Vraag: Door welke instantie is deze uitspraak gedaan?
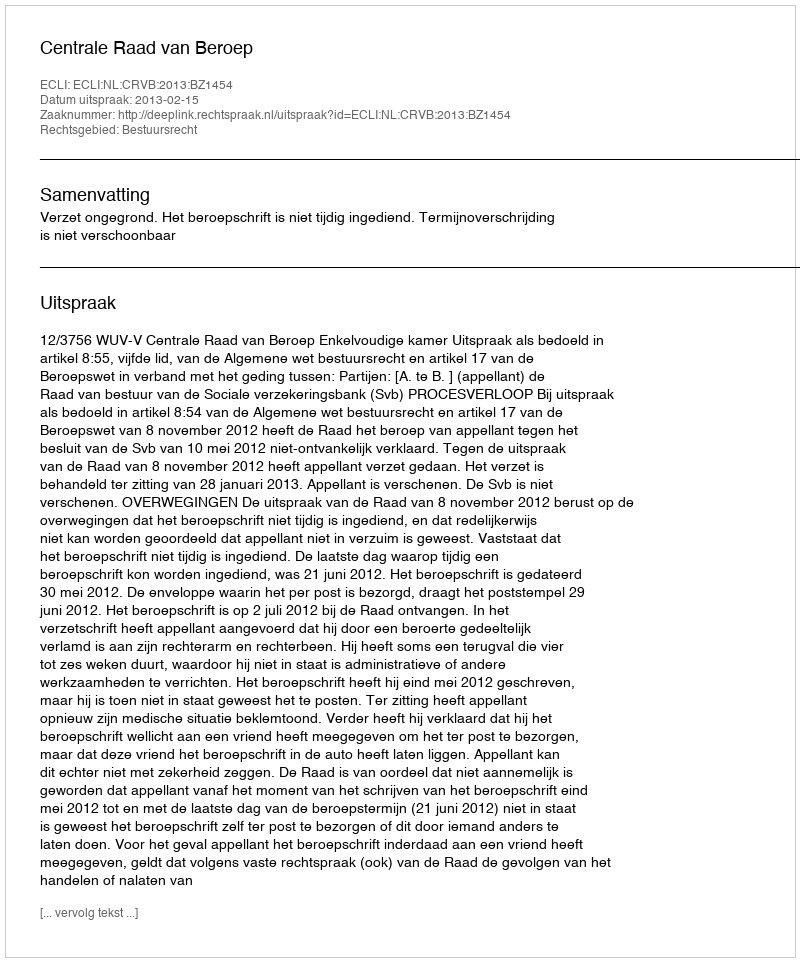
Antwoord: Centrale Raad van Beroep